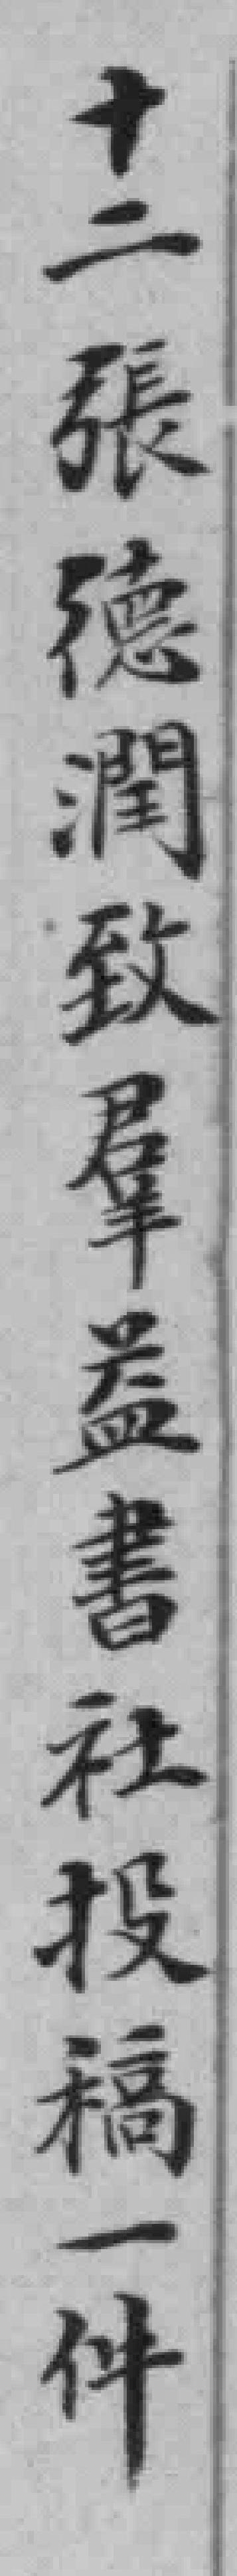
十二張德潤致羣益書社投稿一件